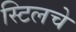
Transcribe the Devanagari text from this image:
स्टिलचे